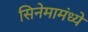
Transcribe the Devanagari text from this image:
सिनेमामंध्ये